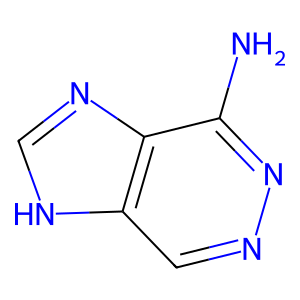
SMILES: Nc1nncc2[nH]cnc12
Inhibits HIV replication: No